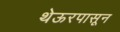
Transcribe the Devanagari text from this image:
थेऊरपासून